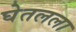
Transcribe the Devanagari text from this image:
घेतलला